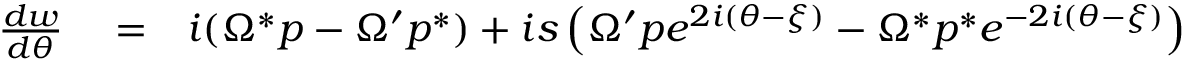
\begin{array} { r l r } { \frac { d w } { d \theta } } & { { } = } & { i ( \Omega ^ { * } p - \Omega ^ { \prime } p ^ { * } ) + i s \left( \Omega ^ { \prime } p e ^ { 2 i ( \theta - \xi ) } - \Omega ^ { * } p ^ { * } e ^ { - 2 i ( \theta - \xi ) } \right) } \end{array}